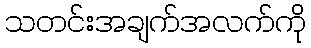
သတင်းအချက်အလက်ကို